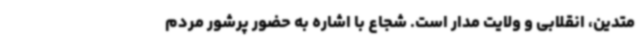
متدین، انقلابی و ولایت مدار است. شجاع با اشاره به حضور پرشور مردم